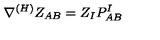
\nabla ^ { ( H ) } Z _ { A B } = Z _ { I } P _ { A B } ^ { I }